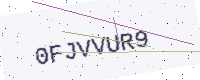
Text: 0FJVVUR9